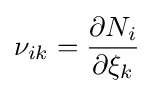
\nu _{ik}={\frac {\partial N_{i}}{\partial \xi _{k}}}